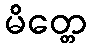
မိတ္တေ